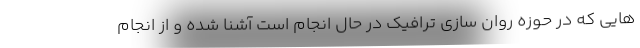
هایی که در حوزه روان سازی ترافیک در حال انجام است آشنا شده و از انجام